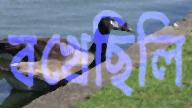
বখেছিলি